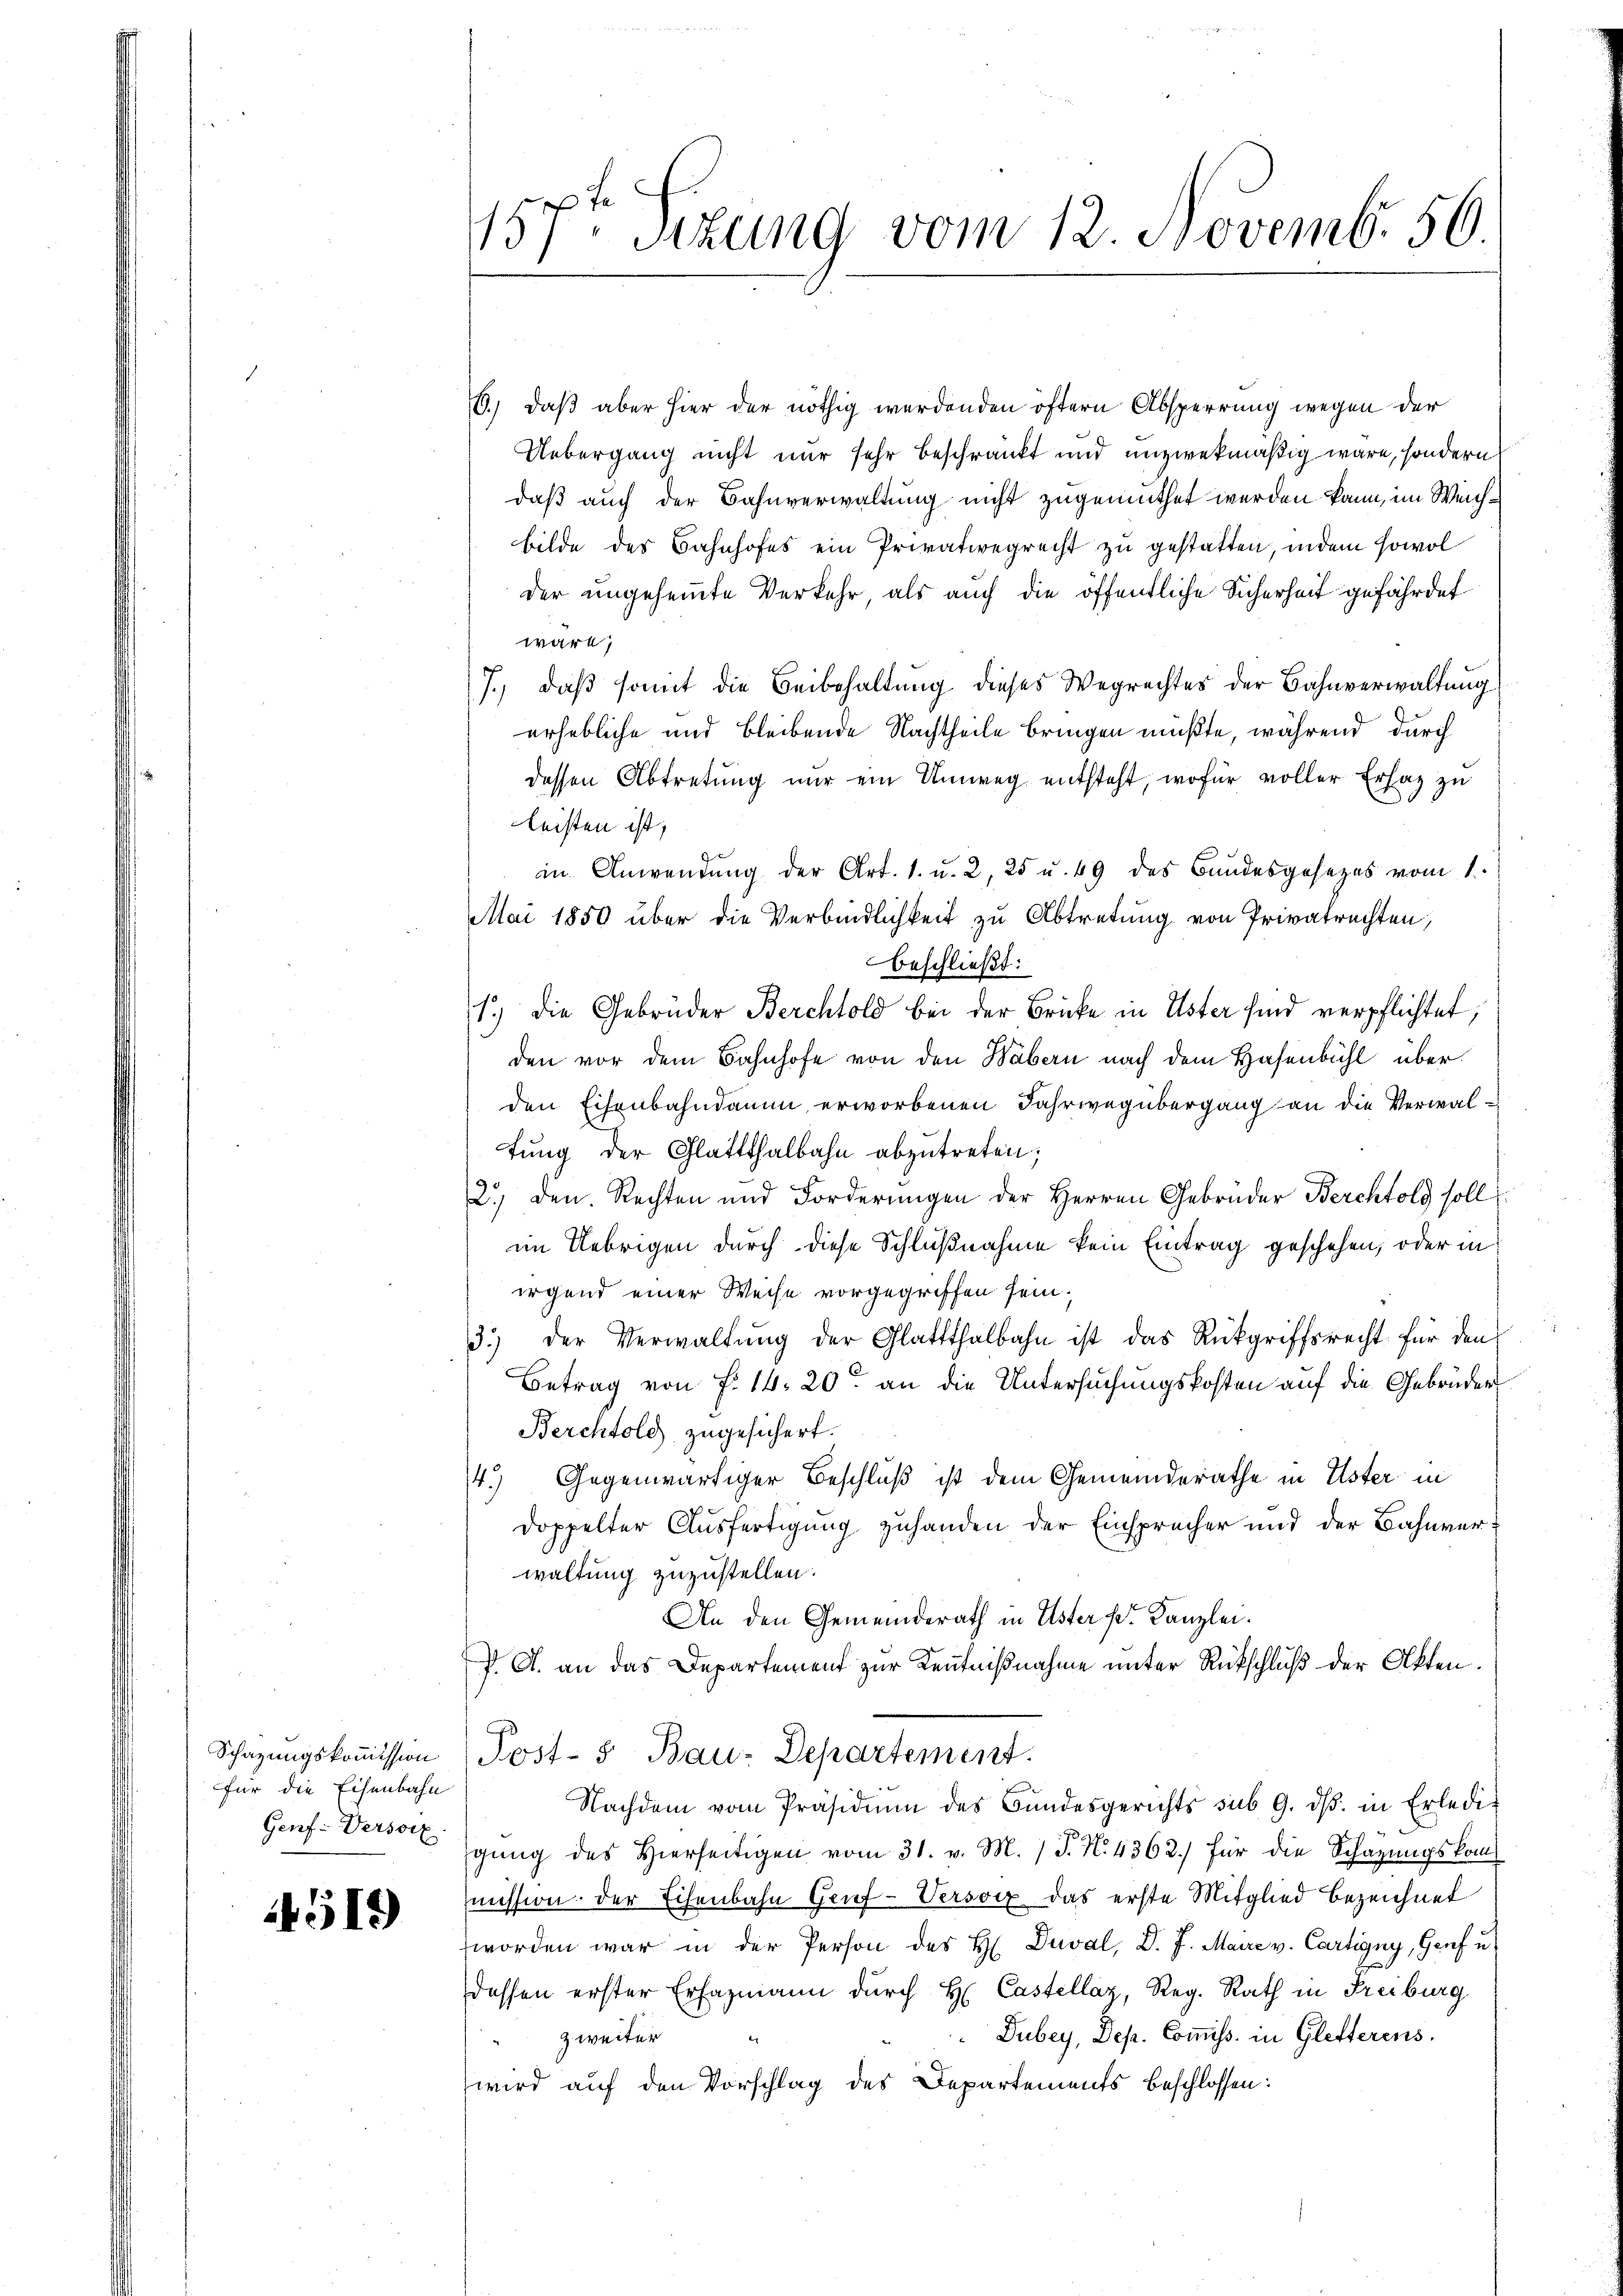
Schazungskommission
für die Eisenbahn
Genf. Versoix

519

157t Sizung vom 12. Novemb. 56

6.) daß aber hier der nöthig werdenden öftern Absperrung wegen der
Uebergang nicht nur sehr beschränkt und unzwekmäßig wäre, sondern
daß auch der Bahnverwaltung nicht zugemuthet werden kann, im Weichbilde des Bahnhofes ein Privatwegrecht zu gestatten, indem sowol
der ungehemmte Verkehr, als auch die öffentliche Sicherheit gefährdet
wäre,
7.) daß somit die Beibehaltung dieses Wegrechtes der Bahnverwaltung
erhebliche und bleibende Nachtheile bringen müßte, während durch
dessen Abtretung nur ein Umweg entsteht, wofür voller Ersatz zu
leisten ist,
in Anwendung der Art. 1. u. 2, 25 u. 49 des Bundesgesezes vom 1.
Mai 1850 über die Verbindlichkeit zu Abtretung von Privatrechten,
beschließt:
1.) Die Gebrüder Berchtold bei der Brücke in Uster sind verpflichtet
den vor dem Bahnhofe von den Wäbern nach dem Hasenbühl überden Eisenbahndamm erworbenen Fahrweg übergang an die Verwaltŭng der Glattthalbahn abzŭtreten;
2.) Den Rechten und Forderungen der Herren Gebrüder Berchtold soll
im Uebrigen durch diese Schlußnahme kein Eintrag geschehen, oder in
irgend einer Weise vorgegriffen sein.
3.) der Verwaltŭng der Glattthalbahn ist das Rückgriffsrecht für den
Betrag von f. 14. 20. an die Untersuchungskosten auf die Gebrüder
Berchtold zugesichert.
4.) Gegenwärtiger Beschluß ist dem Gemeinderathe in Uster in
doppelter Ausfertigung zuhanden der Einsprücher und der Bahnverwaltung zuzustellen.
An den Gemeinderath in Uster der Kanzlei.
P. G. an das Departement zur Kenntnißnahme unter Rückschluß der Akten.
Post- & Bau-Departement.
Nachdem vom Präsidiŭm des Bundesgerichts sub 9. dβ. in Erledig
gung des Hierseitigen vom 31. v. M. (T. N. 4362) für die Schazungskommission. Der Eisenbahn Genf-Verson das erste Mitglied bezeichnet
worden war in der Person des H. Duval, D. J. Maire v. Cartigny, Genf u.
dessen erster Erfagmann durch H. Castellaz, Reg. Rath in Freiburg
Dubey, Dep. Commiss. in Gletterens.
zweiter
wird auf den Vorschlag des Departements beschlossen: